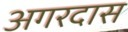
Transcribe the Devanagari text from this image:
अगरदास